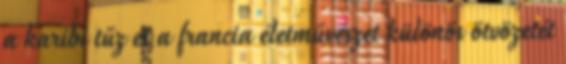
a karibi tűz és a francia életművészet különös ötvözetét